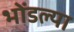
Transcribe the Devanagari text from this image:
भोंडल्या